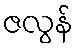
ဇလွန်